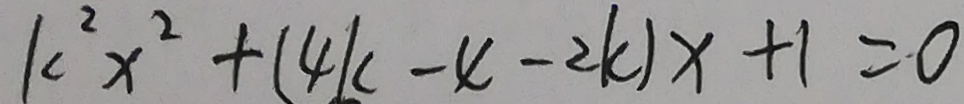
k ^ { 2 } x ^ { 2 } + ( 4 k - 4 - 2 k ) x + 1 = 0